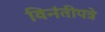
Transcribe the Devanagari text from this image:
विनंतीपत्रे